Report on the cholera epidemic of
Year: 1868
Disease focus: Cholera
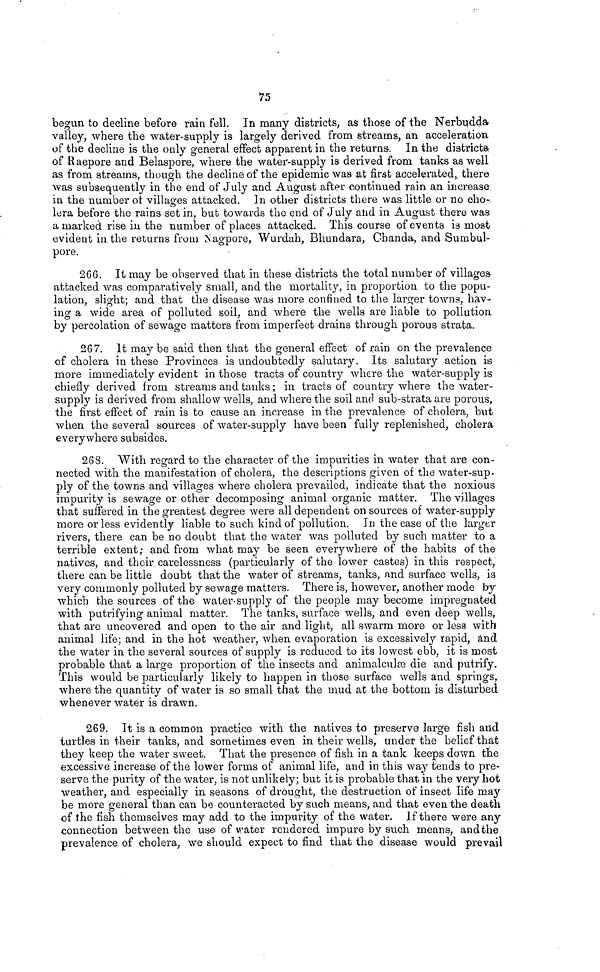
75
begun to decline before rain fell. In many districts, as those of the Nerbudda
valley, where the water-supply is largely derived from streams, an acceleration
of the decline is the only general effect apparent in the returns. In the districts,
of Raepore and Belaspore, where the water-supply is derived from tanks as well
as from streams, though the decline of the epidemic was at first accelerated, there
was subsequently in the end of July and August after continued rain an increase
in the number of villages attacked. In other districts there was little or no cho-
lera before the rains set in, but towards the end of July and in August there was
a marked rise in the number of places attacked. This course of events is most
evident in the returns from Nagpore, Wurdah, Bhundara, Chanda, and Sumbul-
pore.
266. It may be observed that in these districts the total number of villages
attacked was comparatively small, and the mortality, in proportion to the popu-
lation, slight; and that the disease was more confined to the larger towns, hav-
ing a wide area of polluted soil, and where the wells are liable to pollution
by percolation of sewage matters from imperfect drains through porous strata.
267. It may be said then that the general effect of rain on the prevalence
of cholera in these Provinces is undoubtedly salutary. Its salutary action is
more immediately evident in those tracts of country where the water-supply is
chiefly derived from streams and tanks ; in tracts of country where the water-
supply is derived from shallow wells, and where the soil and sub-strata are porous,
the first effect of rain is to cause an increase in the prevalence of cholera, but
when the several sources of water-supply have been fully replenished, cholera
everywhere subsides.
268. With regard to the character of the impurities in water that are con-
nected with the manifestation of cholera, the descriptions given of the water-sup-
ply of the towns and villages where cholera prevailed, indicate that the noxious
impurity is sewage or other decomposing animal organic matter. The villages
that suffered in the greatest degree were all dependent on sources of water-supply
more or less evidently liable to such kind of pollution. In the case of the larger
rivers, there can be no doubt that the water was polluted by such matter to a
terrible extent; and from what may be seen everywhere of the habits of the
natives, and their carelessness (particularly of the lower castes) in this respect,
there can be little doubt that the water of streams, tanks, and surface wells, is
very commonly polluted by sewage matters. There is, however, another mode by
which the sources of the water-supply of the people may become impregnated
with putrifying animal matter. The tanks, surface wells, and even deep wells,
that are uncovered and open to the air and light, all swarm more or less with
animal life; and in the hot weather, when evaporation is excessively rapid, and
the water in the several sources of supply is reduced to its lowest ebb, it is most
probable that a large proportion of the insects and animalculœ die and putrify.
This would be particularly likely to happen in those surface wells and springs,
where the quantity of water is so small that the mud at the bottom is disturbed
whenever water is drawn.
269. It is a common practice with the natives to preserve large fish and
turtles in their tanks, and sometimes even in their wells, under the belief that
they keep the water sweet. That the presence of fish in a tank keeps down the
excessive increase of the lower forms of animal life, and in this way tends to pre-
serve the purity of the water, is not unlikely; but it is probable that in the very hot
weather, and especially in seasons of drought, the destruction of insect life may
be more general than can be counteracted by such means, and that even the death
of the fish themselves may add to the impurity of the water. If there were any
connection between the use of water rendered impure by such means, and the
prevalence of cholera, we should expect to find that the disease would prevail